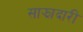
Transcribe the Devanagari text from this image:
साझादारी